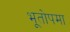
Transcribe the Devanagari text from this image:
भूतोपमा